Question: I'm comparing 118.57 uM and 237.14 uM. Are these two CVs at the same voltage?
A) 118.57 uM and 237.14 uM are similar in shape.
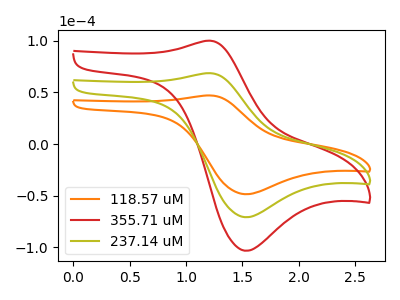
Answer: <think>The orange curve "118.57 uM" has an anodic peak at (1.20V, 47.10uA) and a cathodic peak at (1.55V, -48.65uA). The red curve "355.71 uM" has an anodic peak at (1.20V, 137.30uA) and a cathodic peak at (1.55V, -141.85uA). The olive curve "237.14 uM" has an anodic peak at (1.20V, 68.65uA) and a cathodic peak at (1.55V, -70.95uA).
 All the peaks in "118.57 uM" have a peak in "237.14 uM" at the same potential. Every peak in "118.57 uM" is lower than every peak in "237.14 uM".</think>
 <answer>A) "118.57 uM" and "237.14 uM" are similar in shape.</answer>
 <eval>A</eval>